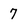
Character: 7